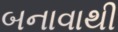
બનાવાથી